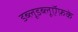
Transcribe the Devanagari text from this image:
डब्लूडब्लूऍफ़के